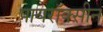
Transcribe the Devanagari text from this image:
पायरॉक्सीन